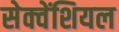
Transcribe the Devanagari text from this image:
सेक्वेंशियल